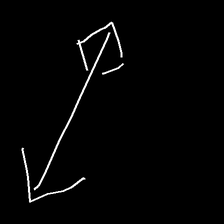
Glyph: focus